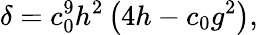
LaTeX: \delta=c_{0}^{9}h^{2}\left(4h-c_{0}g^{2}\right),